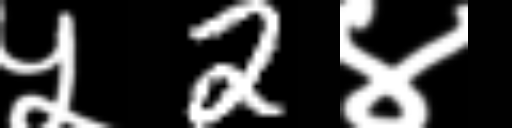
Text: ५2४